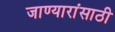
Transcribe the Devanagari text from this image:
जाण्यारांसाठी